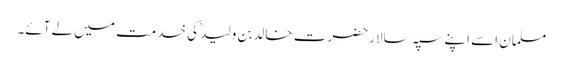
مسلمان اسے اپنے سپہ سالار حضرت خالدبن ولیدؓ کی خدمت میں لے آئے۔